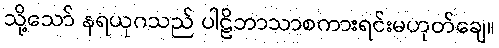
သို့သော် နရယုဂသည် ပါဠိဘာသာစကားရင်းမဟုတ်ချေ။